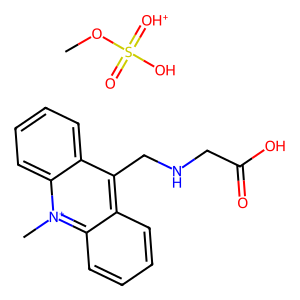
SMILES: COS(=O)(O)=[OH+].C[n+]1c2ccccc2c(CNCC(=O)O)c2ccccc21
Inhibits HIV replication: No